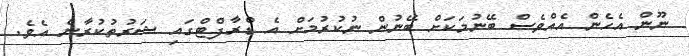
ނޫން އެހެން އެއްވެސް ބޭނުމަކަށް ބޭނުން ނުކުރުމަށް އެ ޑްރާފްޓްގައި ޝަރުތުކުރާނެ އެވެ.